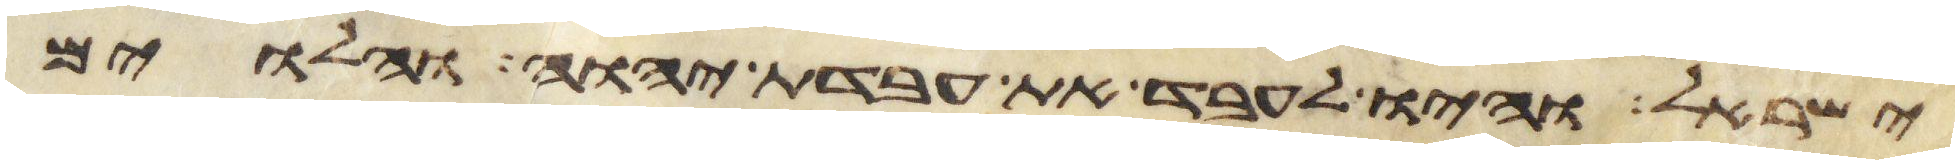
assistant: ישראל והיו לעבד את עבדת יהוה והלוים